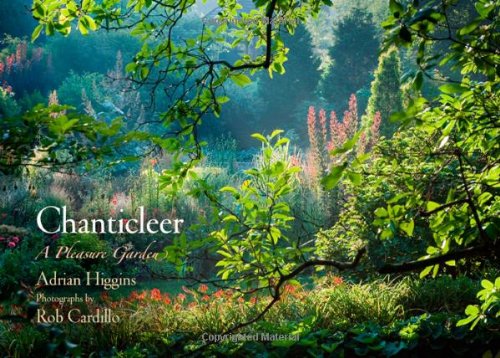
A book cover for Chanticleer: A Pleasure Garden; Adrian Higgins; Arts & Photography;